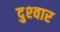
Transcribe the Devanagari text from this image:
दुश्‍वार